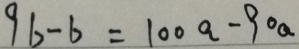
9 b - b = 1 0 0 a - 9 0 a